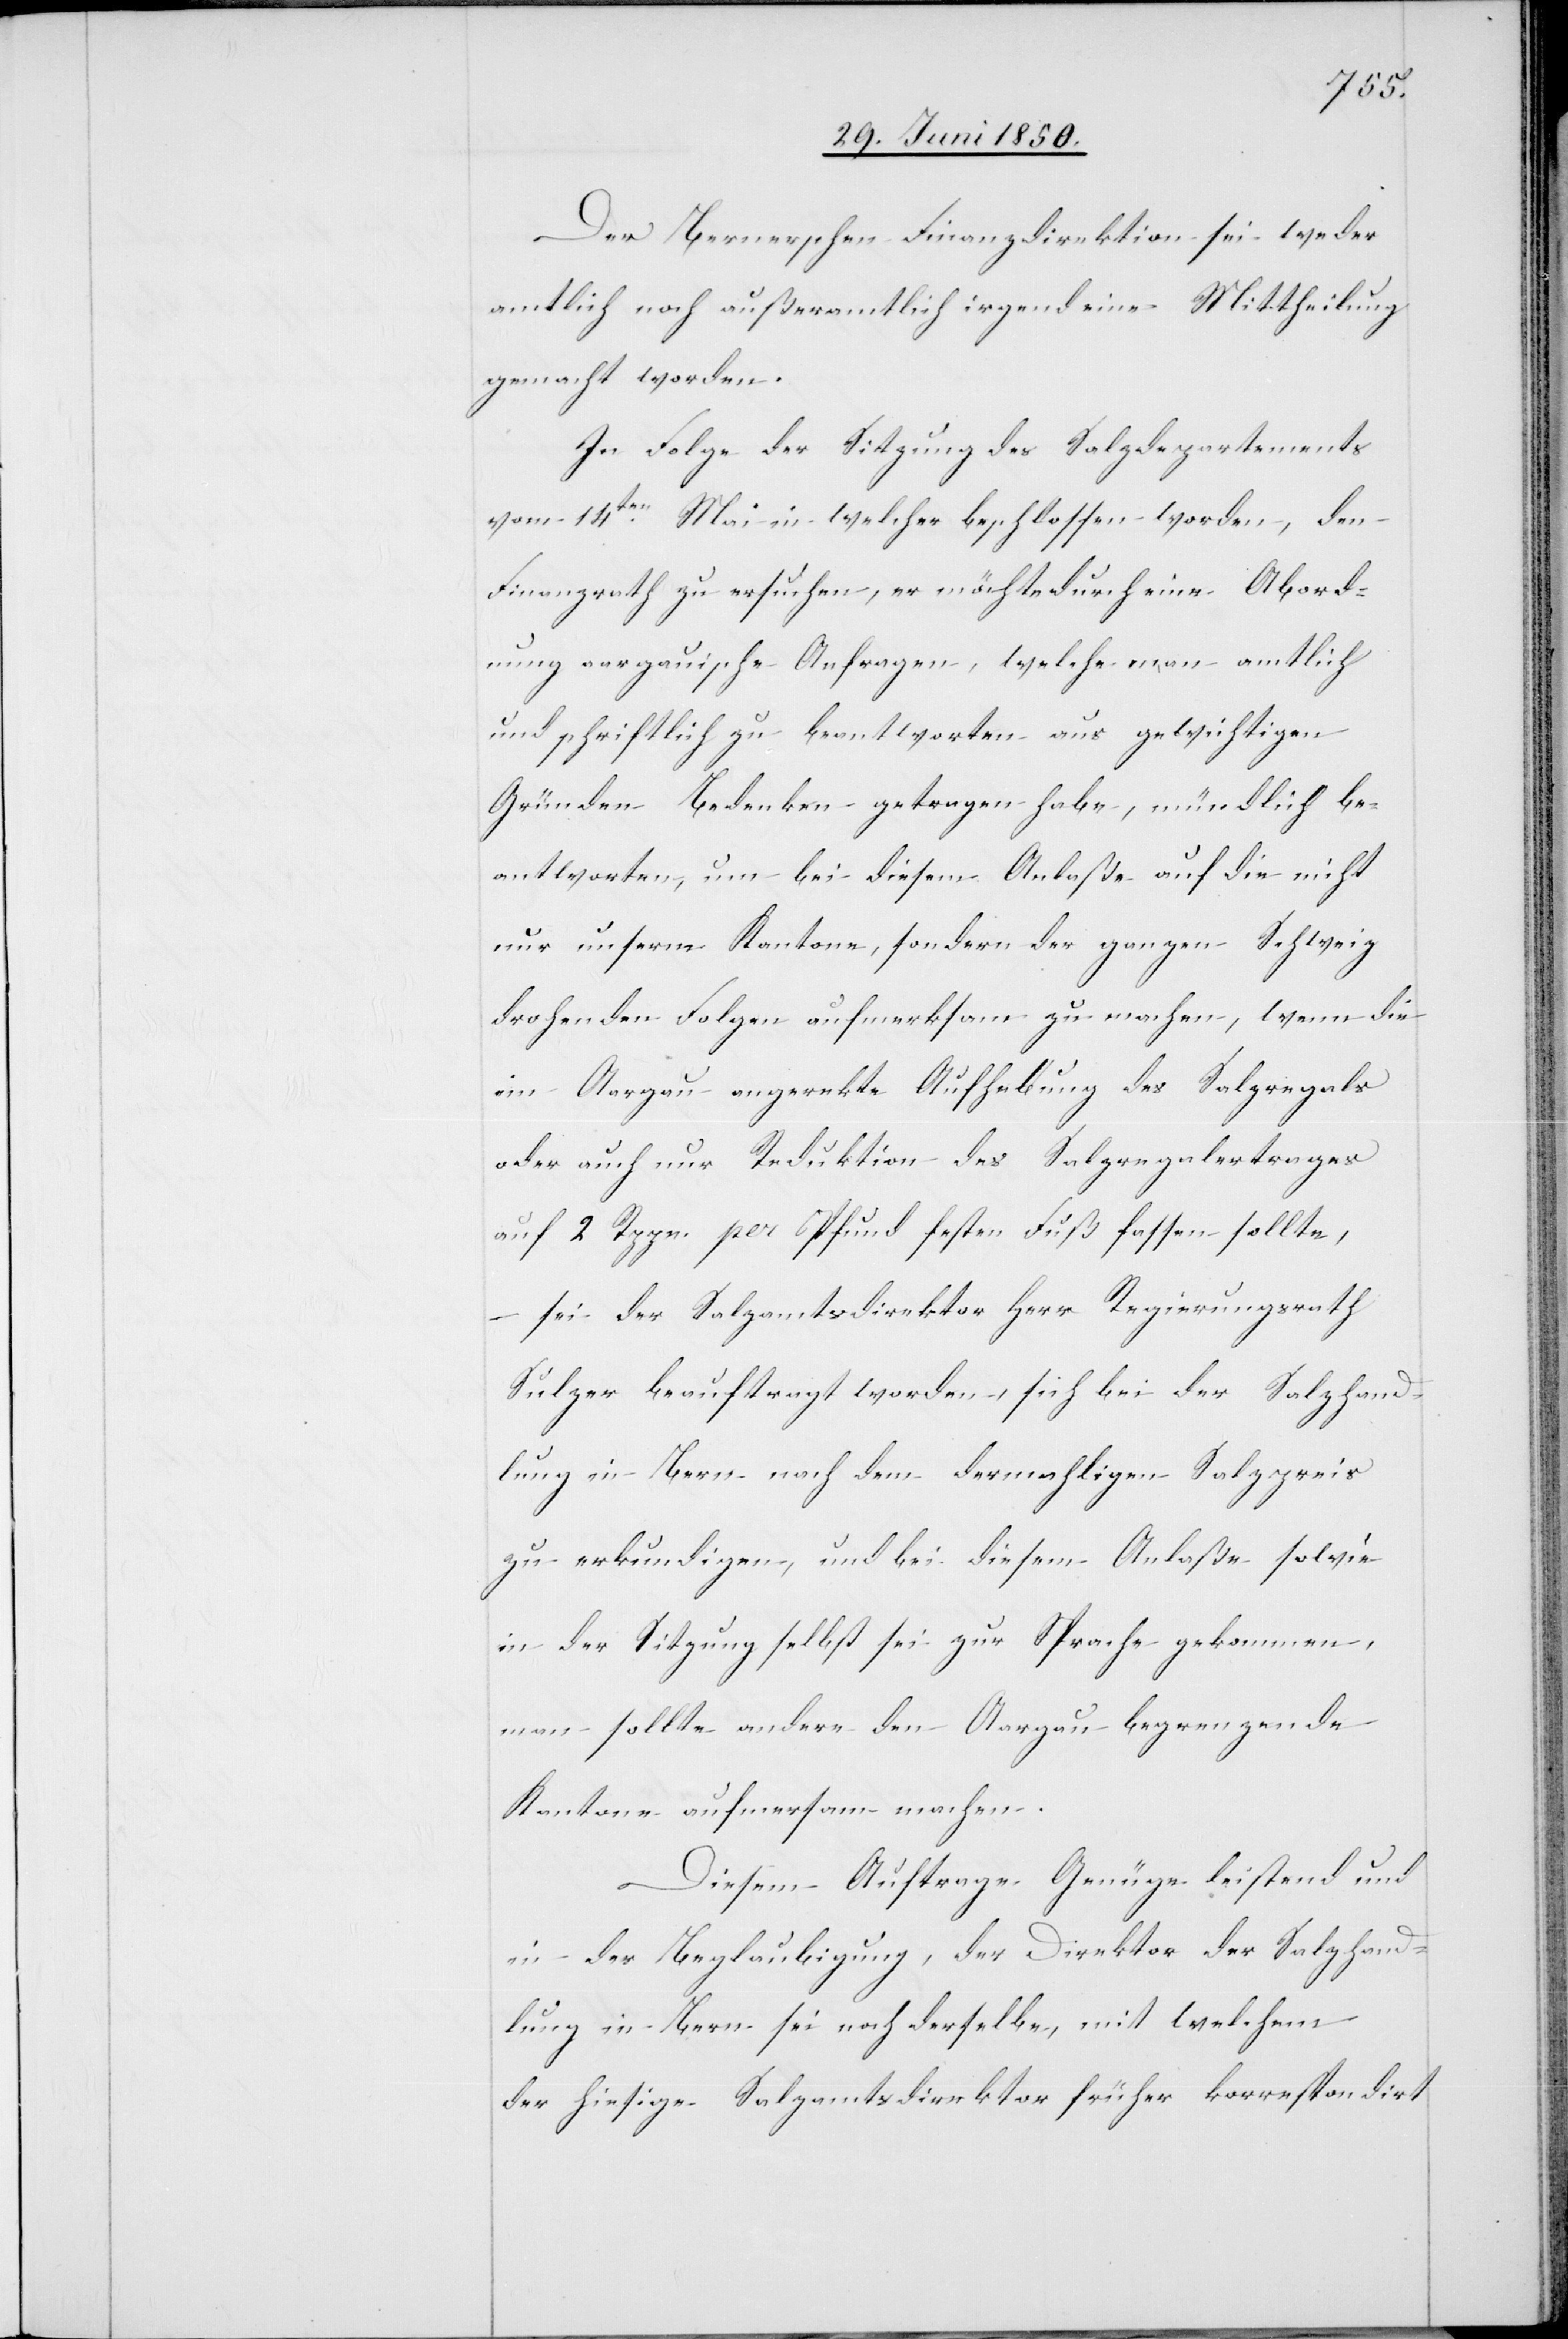
Der Bernerschen Finanzdirektion sei weder
amtlich noch außeramtlich irgendeine Mittheilung
gemacht worden.
In Folge der Sitzung des Salzdepartements
vom 14ten Mai in welcher beschlossen worden, den
Finanzrath zu ersuchen, er möchte durch eine Abord¬
nung aargauische Anfragen, welche man amtlich
und schriftlich zu beantworten aus gewichtigen
Gründen Bedenken getragen habe, mündlich be¬
antworten, um bei diesem Anlaße auf die nicht
nur unserm Kantone, sondern der ganzen Schweiz
drohenden Folgen aufmerksam zu machen, wenn die
im Aargau angerekte [sic!] Aufhebung des Salzregals
oder auch nur Reduktion des Salzregalertrages
auf 2 Rppn. per Pfund festen Fuß fassen sollte,
– sei der Salzamtsdirektor Herr Regierungsrath
Sulzer beauftragt worden, sich bei der Salzhand¬
lung in Bern nach dem dermahligen Salzpreis
zu erkundigen, und bei diesem Anlaße sowie
in der Sitzung selbst sei zur Sprache gekommen,
man sollte andere den Aargau begrenzende
Kantone aufmer[k]sam machen.
Diesem Auftrage Genüge leistend und
in der Beglaubigung, der Direktor der Salzhand¬
lung in Bern sei noch derselbe, mit welchem
der hiesige Salzamtsdirektor früher korrespondirt